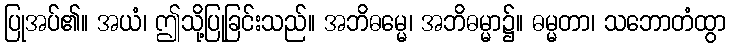
ပြုအပ်၏။ အယံ၊ ဤသို့ပြုခြင်းသည်။ အဘိဓမ္မေ၊ အဘိဓမ္မာ၌။ ဓမ္မတာ၊ သဘောတံထွာ